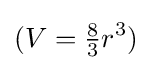
(V={\tfrac {8}{3}}r^{3})